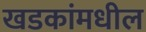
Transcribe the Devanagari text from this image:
खडकांमधील